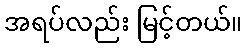
အရပ်လည်း မြင့်တယ်။